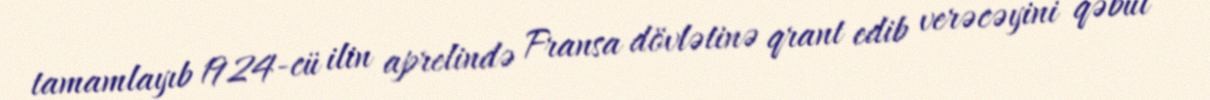
tamamlayıb 1924-cü ilin aprelində Fransa dövlətinə qrant edib verəcəyini qəbul